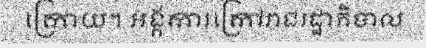
ក្រោយ។ អង្គការក្រៅរាជរដ្ឋាភិបាល